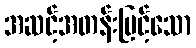
အဆင့်အတန်းမြင့်သော